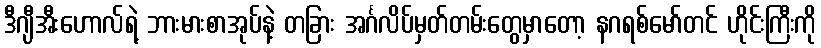
ဒီဂျီအီးဟောလ်ရဲ့ ဘားမားစာအုပ်နဲ့ တခြား အင်္ဂလိပ်မှတ်တမ်းတွေမှာတော့ နဂရစ်မော်တင် ဟိုင်းကြီးကို